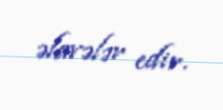
əlavələr edir.